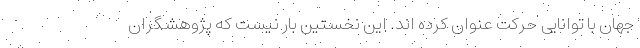
جهان با توانایی حرکت عنوان کرده اند. این نخستین بار نیست که پژوهشگران